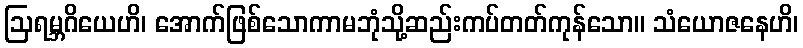
ဩရမ္ဘဂိယေဟိ၊ အောက်ဖြစ်သောကာမဘုံသို့ဆည်းကပ်တတ်ကုန်သော။ သံယောဇနေဟိ၊